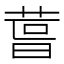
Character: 𮏪